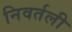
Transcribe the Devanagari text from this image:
निवर्तली